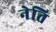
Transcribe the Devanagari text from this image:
नेत्ति